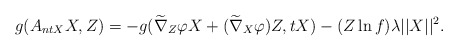
\begin{align*}g(A_{ntX}X,Z)&=-g(\widetilde\nabla_{Z}\varphi X+(\widetilde\nabla_{X}\varphi)Z, tX)-(Z\ln f) \lambda \vert\vert X \vert\vert^{2}.\end{align*}